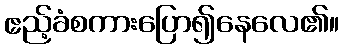
ဧည့်ခံစကားပြော၍နေလေ၏။